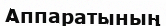
Аппаратының